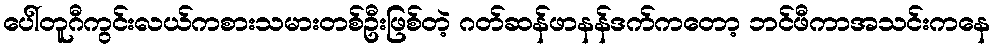
ပေါ်တူဂီကွင်းလယ်ကစားသမားတစ်ဦးဖြစ်တဲ့ ဂတ်ဆန်ဖာနန်ဒက်ကတော့ ဘင်ဖီကာအသင်းကနေ